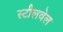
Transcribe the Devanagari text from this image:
स्टीलवेल